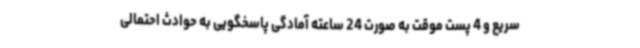
سریع و 4 پست موقت به صورت 24 ساعته آمادگی پاسخگویی به حوادث احتمالی